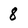
Character: 8